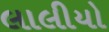
લાલીયો